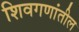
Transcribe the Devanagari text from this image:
शिवगणांतील